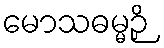
မောသဓမ္မဉှိ